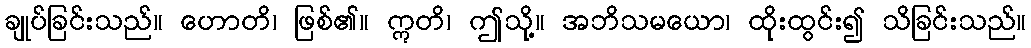
ချုပ်ခြင်းသည်။ ဟောတိ၊ ဖြစ်၏။ ဣတိ၊ ဤသို့။ အဘိသမယော၊ ထိုးထွင်း၍ သိခြင်းသည်။